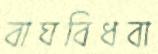
বাঘবিধবা